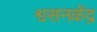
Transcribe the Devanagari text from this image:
श्वसनकेंद्र